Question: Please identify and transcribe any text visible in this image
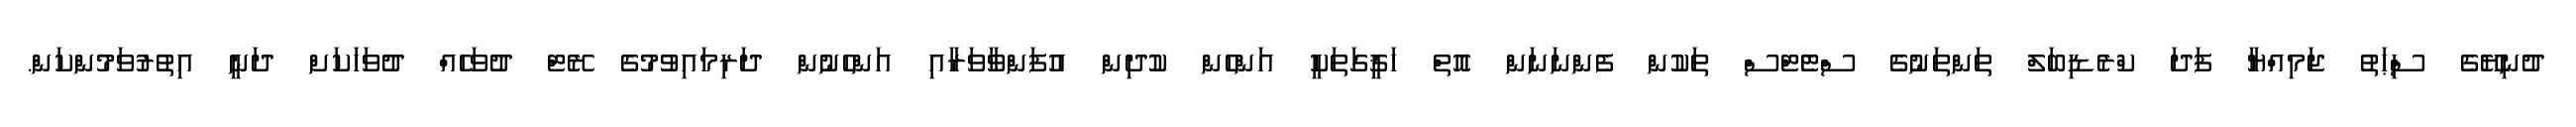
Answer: ދުނިޔޭގެ ސިްޙަތު ޖަމިއްޔާ ފަދަ ކްރެޑިބަލް ތަންތަނުގެ ސްޓެޓްސް ތަކުން ފެންނަނަން އޮތް ހަޤީގަތަކީ އަންހެން ކުދިން އުފަންވާވަރާއި އަންހެނުން ދަރިމައިވުމުގެ ރޭޓް ދުވަހެއް ދުވަހަކަށް ދަނީ އިތުރުވަމުންކަން.